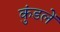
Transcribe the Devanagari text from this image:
कुंडलें